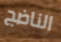
الناضج